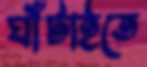
ঘাঁটাইতে